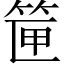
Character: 筪